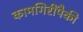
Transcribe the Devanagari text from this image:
कामगिरींपैकी